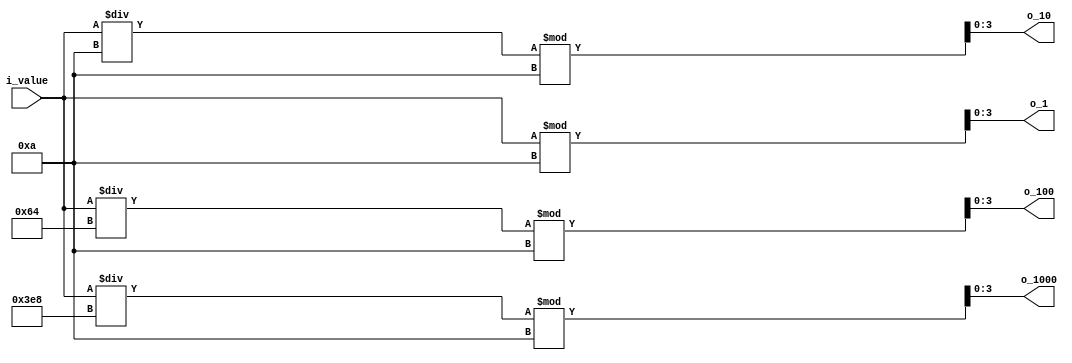
`timescale 1ns / 1ps

module digit_Divider(
    input [13:0] i_value,
    output [3:0] o_1000, o_100, o_10, o_1
    );

    assign o_1 = i_value % 10;
    assign o_10 = i_value / 10 % 10;
    assign o_100 = i_value  / 100 % 10;
    assign o_1000 = i_value / 1000 % 10;

endmodule